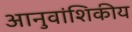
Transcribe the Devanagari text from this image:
आनुवांशिकीय